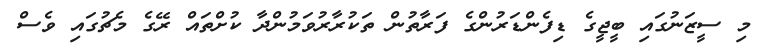
މި ސީޒަނުގައި ބީޖީގެ ޑިފެންޑަރުންގެ ފަރާތުން ތަކުރާރުވަމުންދާ ކުށްތައް ރޭގެ މެޗުގައި ވެސް